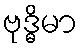
ဗုဒ္ဓိမာ